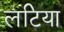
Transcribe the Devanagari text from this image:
लटिया